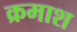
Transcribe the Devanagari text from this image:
क्रमाश